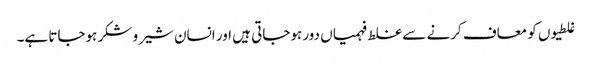
غلطیوں کو معاف کرنے سے غلط فہمیاں دور ہوجاتی ہیں اور انسان شیر و شکر ہوجاتا ہے۔